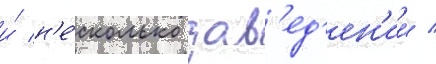
и́ н'е́сколько зав'ед'ен'ии /